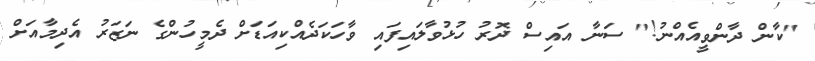
"ކާން ދާންވީއެއްނު!" ސަނާ އައިސް ދޮރު ހުޅުވާލައިފައި ވާހަކަދެއްކިއަޑަށް ދެމީހުންގެ ނަޒަރު އެދިމާއަށް